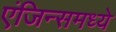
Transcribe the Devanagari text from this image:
एंजिन्समध्ये